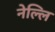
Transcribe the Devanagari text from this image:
नेल्लि